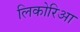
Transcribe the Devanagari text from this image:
लिकोरिआ